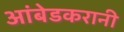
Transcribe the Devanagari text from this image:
आंबेडकरानी